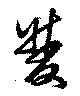
双